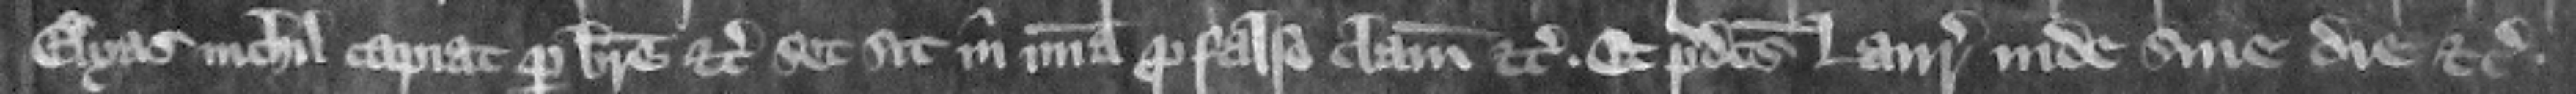
Elyas nichil capiat per breue etc. set sit in misericordia pro falso clamore etc. Et predictus Laurencius inde sine die etc.